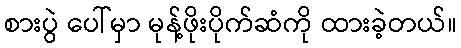
စားပွဲ ပေါ်မှာ မုန့်ဖိုးပိုက်ဆံကို ထားခဲ့တယ်။